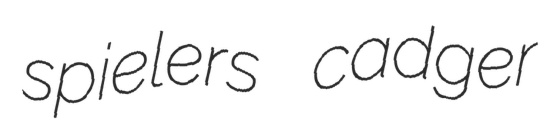
spielers cadger